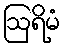
ဩရိမံ